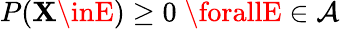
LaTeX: P(\mathbf{X}\inE)\geq0\; \forallE\in{\mathcal{{A}}}